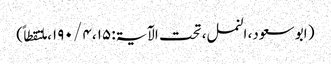
( ابو سعود، النمل، تحت الآیۃ: ۱۵، ۴ / ۱۹۰، ملتقطاً)